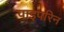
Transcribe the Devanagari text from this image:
पाइपरिन